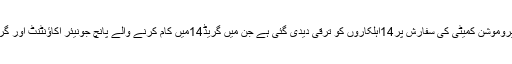
2015ء)لاہور ڈویلپمنٹ اتھارٹی کی محکمانہ پروموشن کمیٹی کی سفارش پر14اہلکاروں کو ترقی دیدی گئی ہے جن میں گریڈ14میں کام کرنے والے پانچ جونیئر اکاؤنٹنٹ اور گریڈ 6میں کام کرنے والے 9سپروائزر شامل ہیں۔